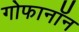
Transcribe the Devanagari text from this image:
गोफानॉन